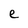
Character: e